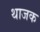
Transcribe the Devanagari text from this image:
थाजक